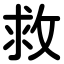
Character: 救